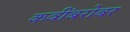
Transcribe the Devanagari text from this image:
कवींबरोबर